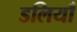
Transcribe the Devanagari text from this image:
डलियाँ